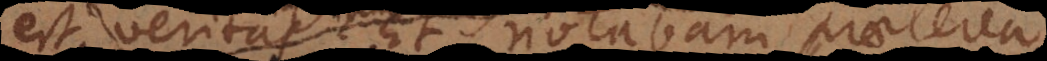
est veritas. Et notabam praeterea